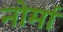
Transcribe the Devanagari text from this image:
नोर्मा